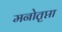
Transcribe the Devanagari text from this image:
मनोतृप्ता